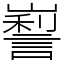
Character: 𡽜